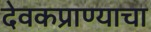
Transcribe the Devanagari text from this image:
देवकप्राण्याचा